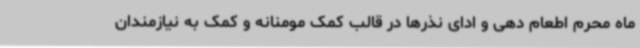
ماه محرم اطعام دهی و ادای نذرها در قالب کمک مومنانه و کمک به نیازمندان